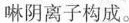
啉阴离子构成。